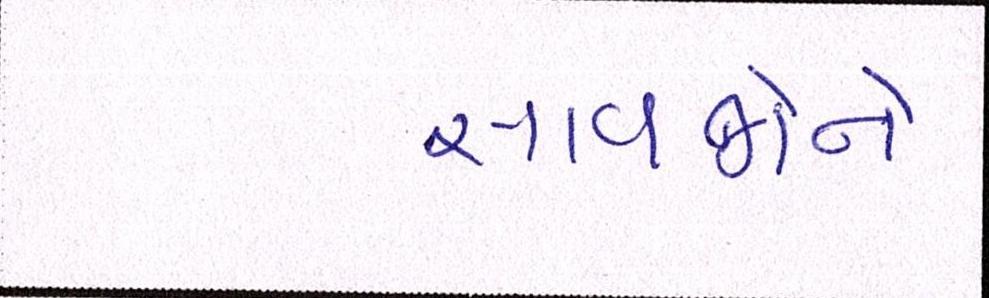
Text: સાવજોને